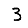
Digit: 3